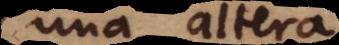
una altera